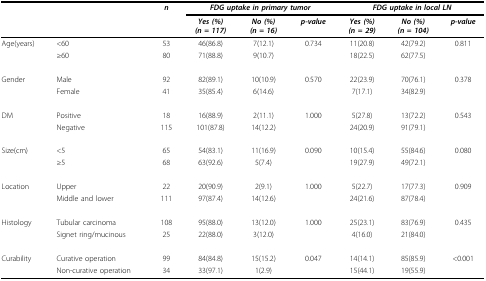
<table><thead><tr><td></td><td></td><td><b><i>n</i></b></td><td colspan="3"><b><i>FDG uptake in primary tumor</i></b></td><td colspan="3"><b><i>FDG uptake in local LN</i></b></td></tr><tr><td></td><td></td><td></td><td><b><i>Yes (%)</i><i>(n = 117)</i></b></td><td><b><i>No (%)</i><i>(n = 16)</i></b></td><td><b><i>p-value</i></b></td><td><b><i>Yes (%)</i><i>(n = 29)</i></b></td><td><b><i>No (%)</i><i>(n = 104)</i></b></td><td><b><i>p-value</i></b></td></tr></thead><tbody><tr><td>Age(years)</td><td>&lt; 60</td><td>53</td><td>46(86.8)</td><td>7(12.1)</td><td>0.734</td><td>11(20.8)</td><td>42(79.2)</td><td>0.811</td></tr><tr><td></td><td>≥ 60</td><td>80</td><td>71(88.8)</td><td>9(10.7)</td><td></td><td>18(22.5)</td><td>62(77.5)</td><td></td></tr><tr><td>Gender</td><td>Male</td><td>92</td><td>82(89.1)</td><td>10(10.9)</td><td>0.570</td><td>22(23.9)</td><td>70(76.1)</td><td>0.378</td></tr><tr><td></td><td>Female</td><td>41</td><td>35(85.4)</td><td>6(14.6)</td><td></td><td>7(17.1)</td><td>34(82.9)</td><td></td></tr><tr><td>DM</td><td>Positive</td><td>18</td><td>16(88.9)</td><td>2(11.1)</td><td>1.000</td><td>5(27.8)</td><td>13(72.2)</td><td>0.543</td></tr><tr><td></td><td>Negative</td><td>115</td><td>101(87.8)</td><td>14(12.2)</td><td></td><td>24(20.9)</td><td>91(79.1)</td><td></td></tr><tr><td>Size(cm)</td><td>&lt; 5</td><td>65</td><td>54(83.1)</td><td>11(16.9)</td><td>0.090</td><td>10(15.4)</td><td>55(84.6)</td><td>0.080</td></tr><tr><td></td><td>≥ 5</td><td>68</td><td>63(92.6)</td><td>5(7.4)</td><td></td><td>19(27.9)</td><td>49(72.1)</td><td></td></tr><tr><td>Location</td><td>Upper</td><td>22</td><td>20(90.9)</td><td>2(9.1)</td><td>1.000</td><td>5(22.7)</td><td>17(77.3)</td><td>0.909</td></tr><tr><td></td><td>Middle and lower</td><td>111</td><td>97(87.4)</td><td>14(12.6)</td><td></td><td>24(21.6)</td><td>87(78.4)</td><td></td></tr><tr><td>Histology</td><td>Tubular carcinoma</td><td>108</td><td>95(88.0)</td><td>13(12.0)</td><td>1.000</td><td>25(23.1)</td><td>83(76.9)</td><td>0.435</td></tr><tr><td></td><td>Signet ring/mucinous</td><td>25</td><td>22(88.0)</td><td>3(12.0)</td><td></td><td>4(16.0)</td><td>21(84.0)</td><td></td></tr><tr><td>Curability</td><td>Curative operation</td><td>99</td><td>84(84.8)</td><td>15(15.2)</td><td>0.047</td><td>14(14.1)</td><td>85(85.9)</td><td>&lt; 0.001</td></tr><tr><td></td><td>Non-curative operation</td><td>34</td><td>33(97.1)</td><td>1(2.9)</td><td></td><td>15(44.1)</td><td>19(55.9)</td><td></td></tr></tbody></table>